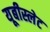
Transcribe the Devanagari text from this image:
यूबीस्लेट